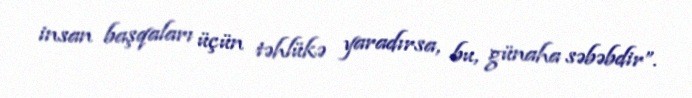
insan başqaları üçün təhlükə yaradırsa, bu, günaha səbəbdir”.